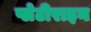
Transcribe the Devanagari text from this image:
प्लेटीराइन